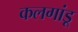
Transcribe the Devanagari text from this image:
कलगांडू